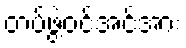
တပ်ဖွဲ့ဝင်အင်အား